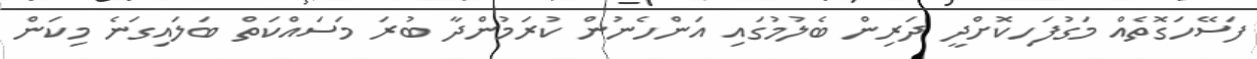
ފަސޭހަގޮތެއް މަގުފަހިކޮށްދީ ދަރިން ބެލުމުގައި އަންހެނުން ކުރަމުންދާ ބުރަ މަސައްކަތް ބަލައިގަނެ މިކަން